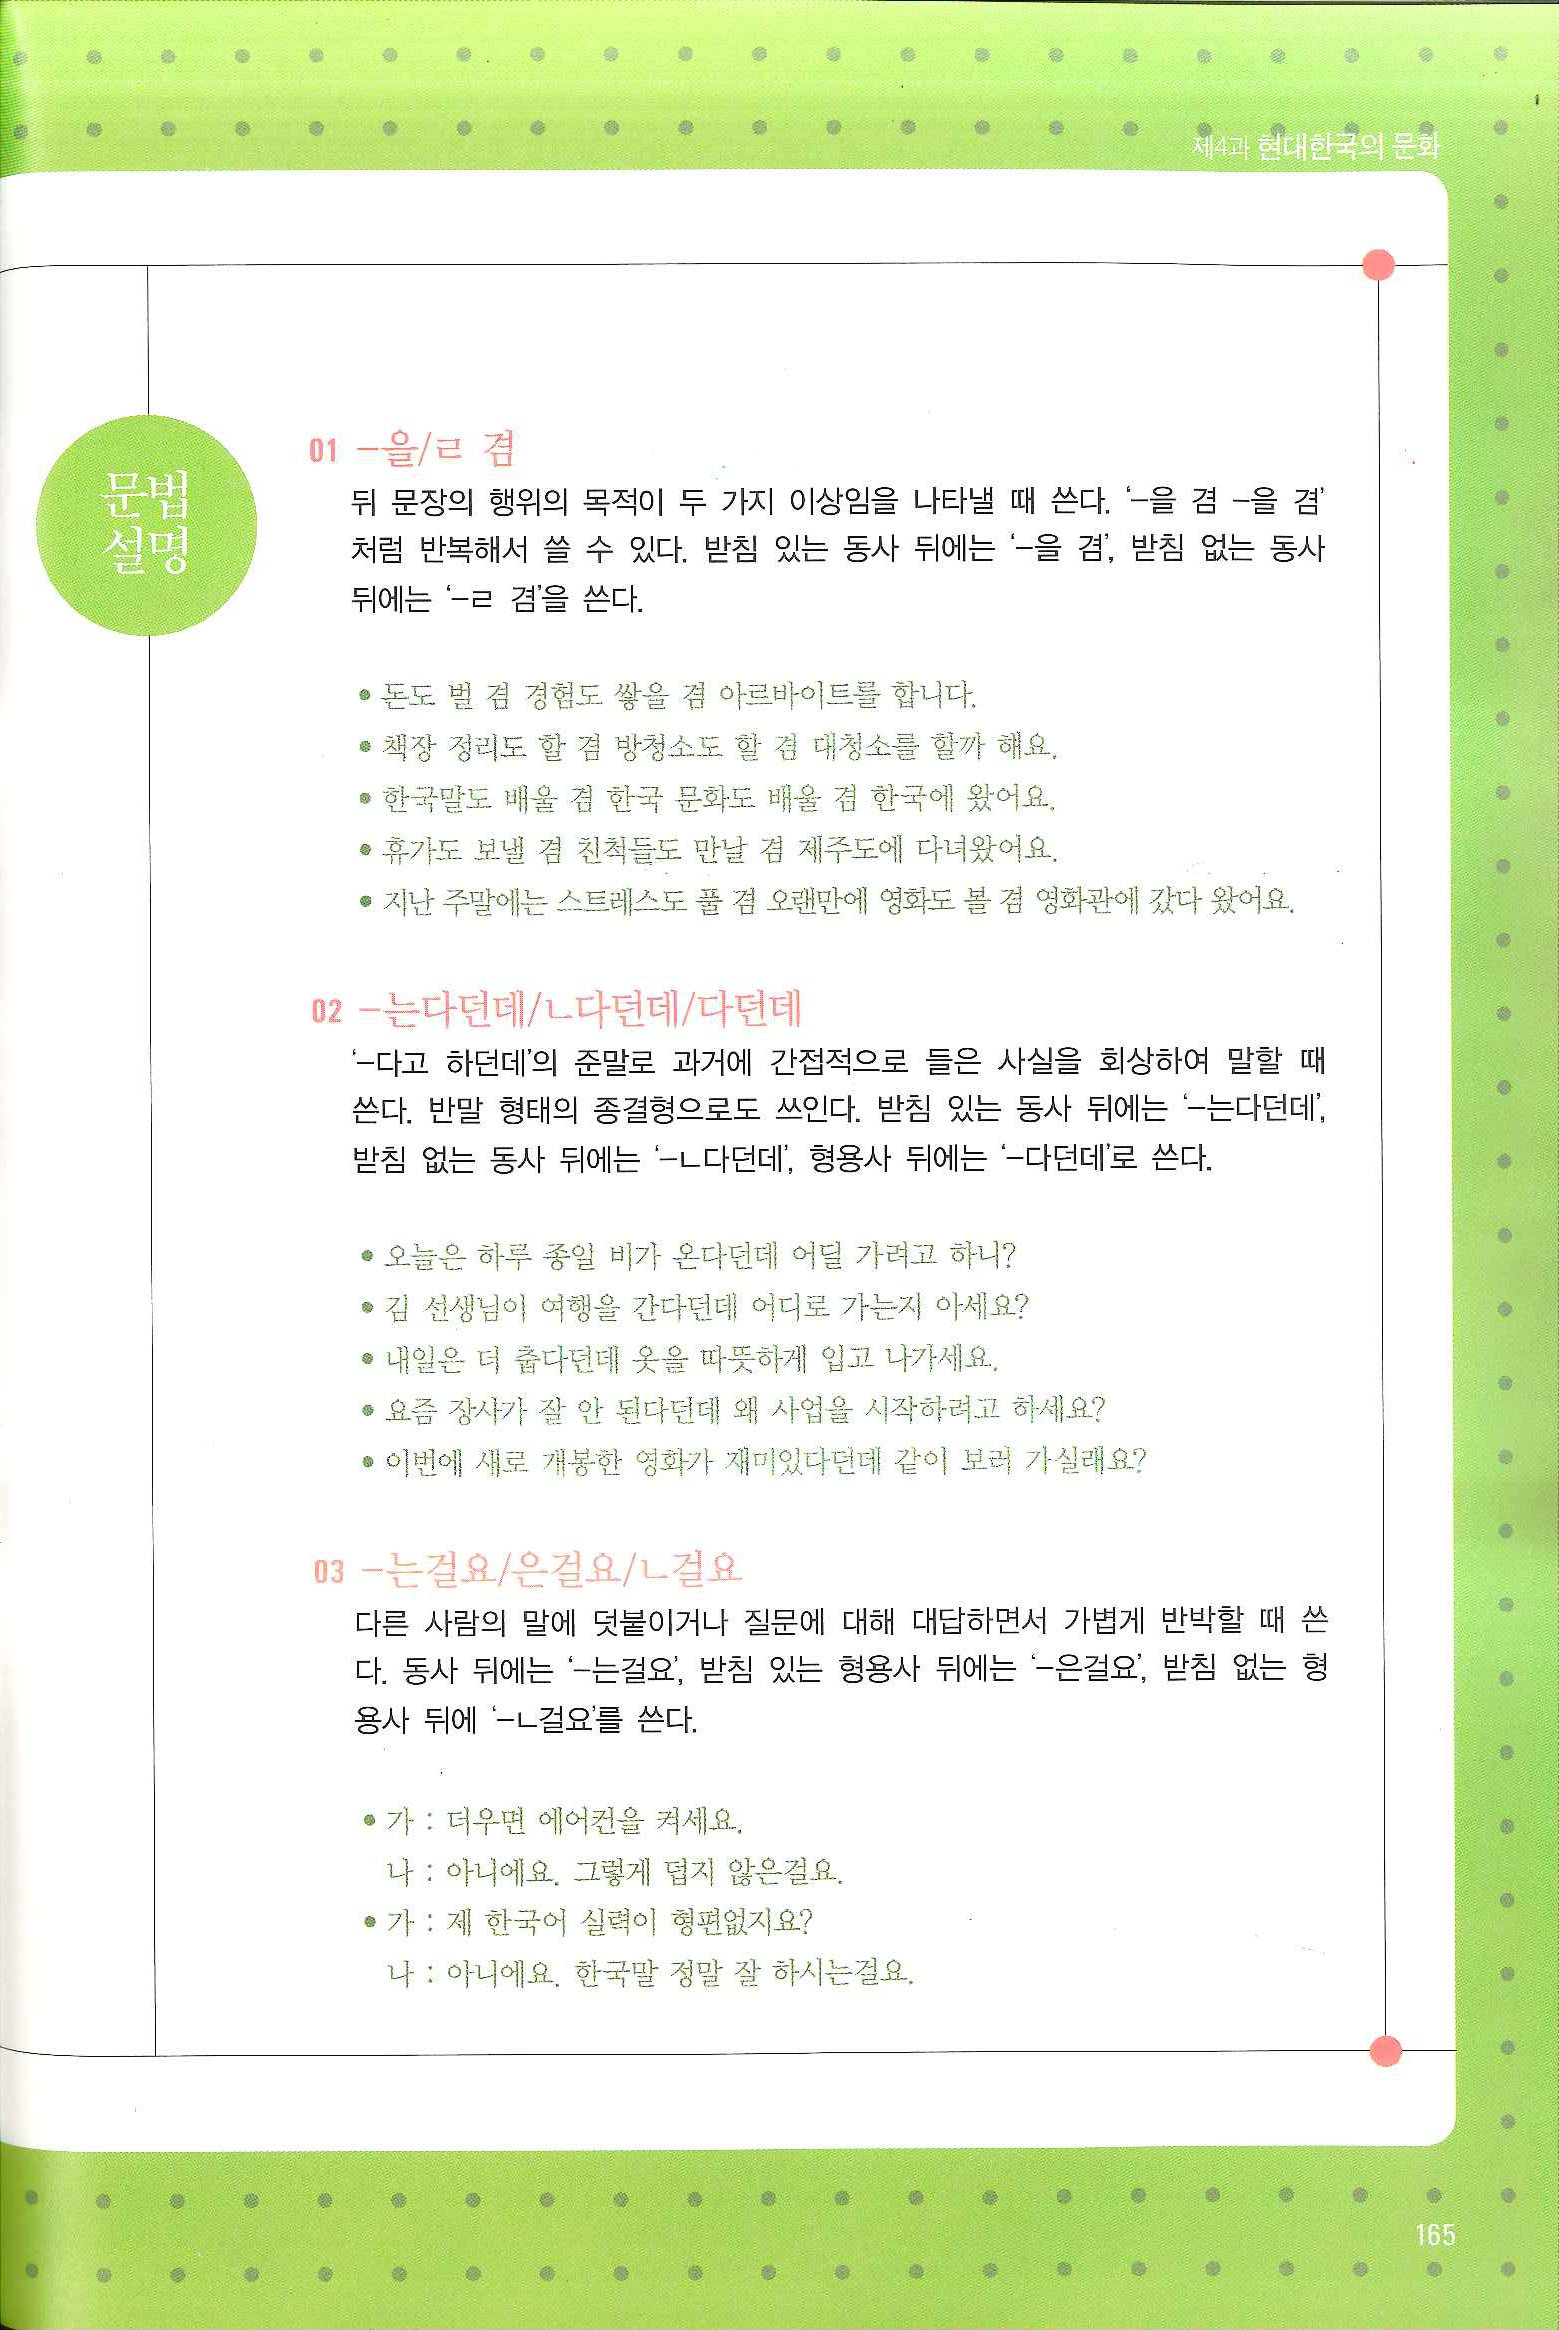
Language: ko